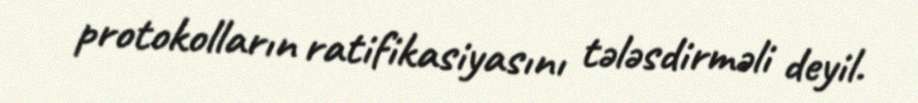
protokolların ratifikasiyasını tələsdirməli deyil.